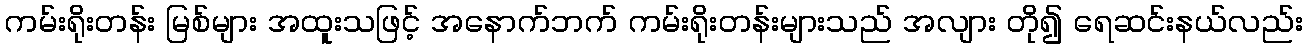
ကမ်းရိုးတန်း မြစ်များ အထူးသဖြင့် အနောက်ဘက် ကမ်းရိုးတန်းများသည် အလျား တို၍ ရေဆင်းနယ်လည်း